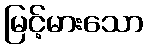
မြင့်မားသော